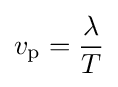
v_{\mathrm {p} }={\frac {\lambda }{T}}